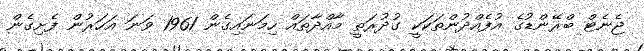
ޖެނެޓް ބްރޭންޑުގެ އުފެއްދުންތަކަކީ ގުދުރަތީ މާއްދާތައް ހިމަނައިގެން 1961 ވަނަ އަހަރުން ފެށިގެން